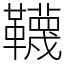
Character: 韈